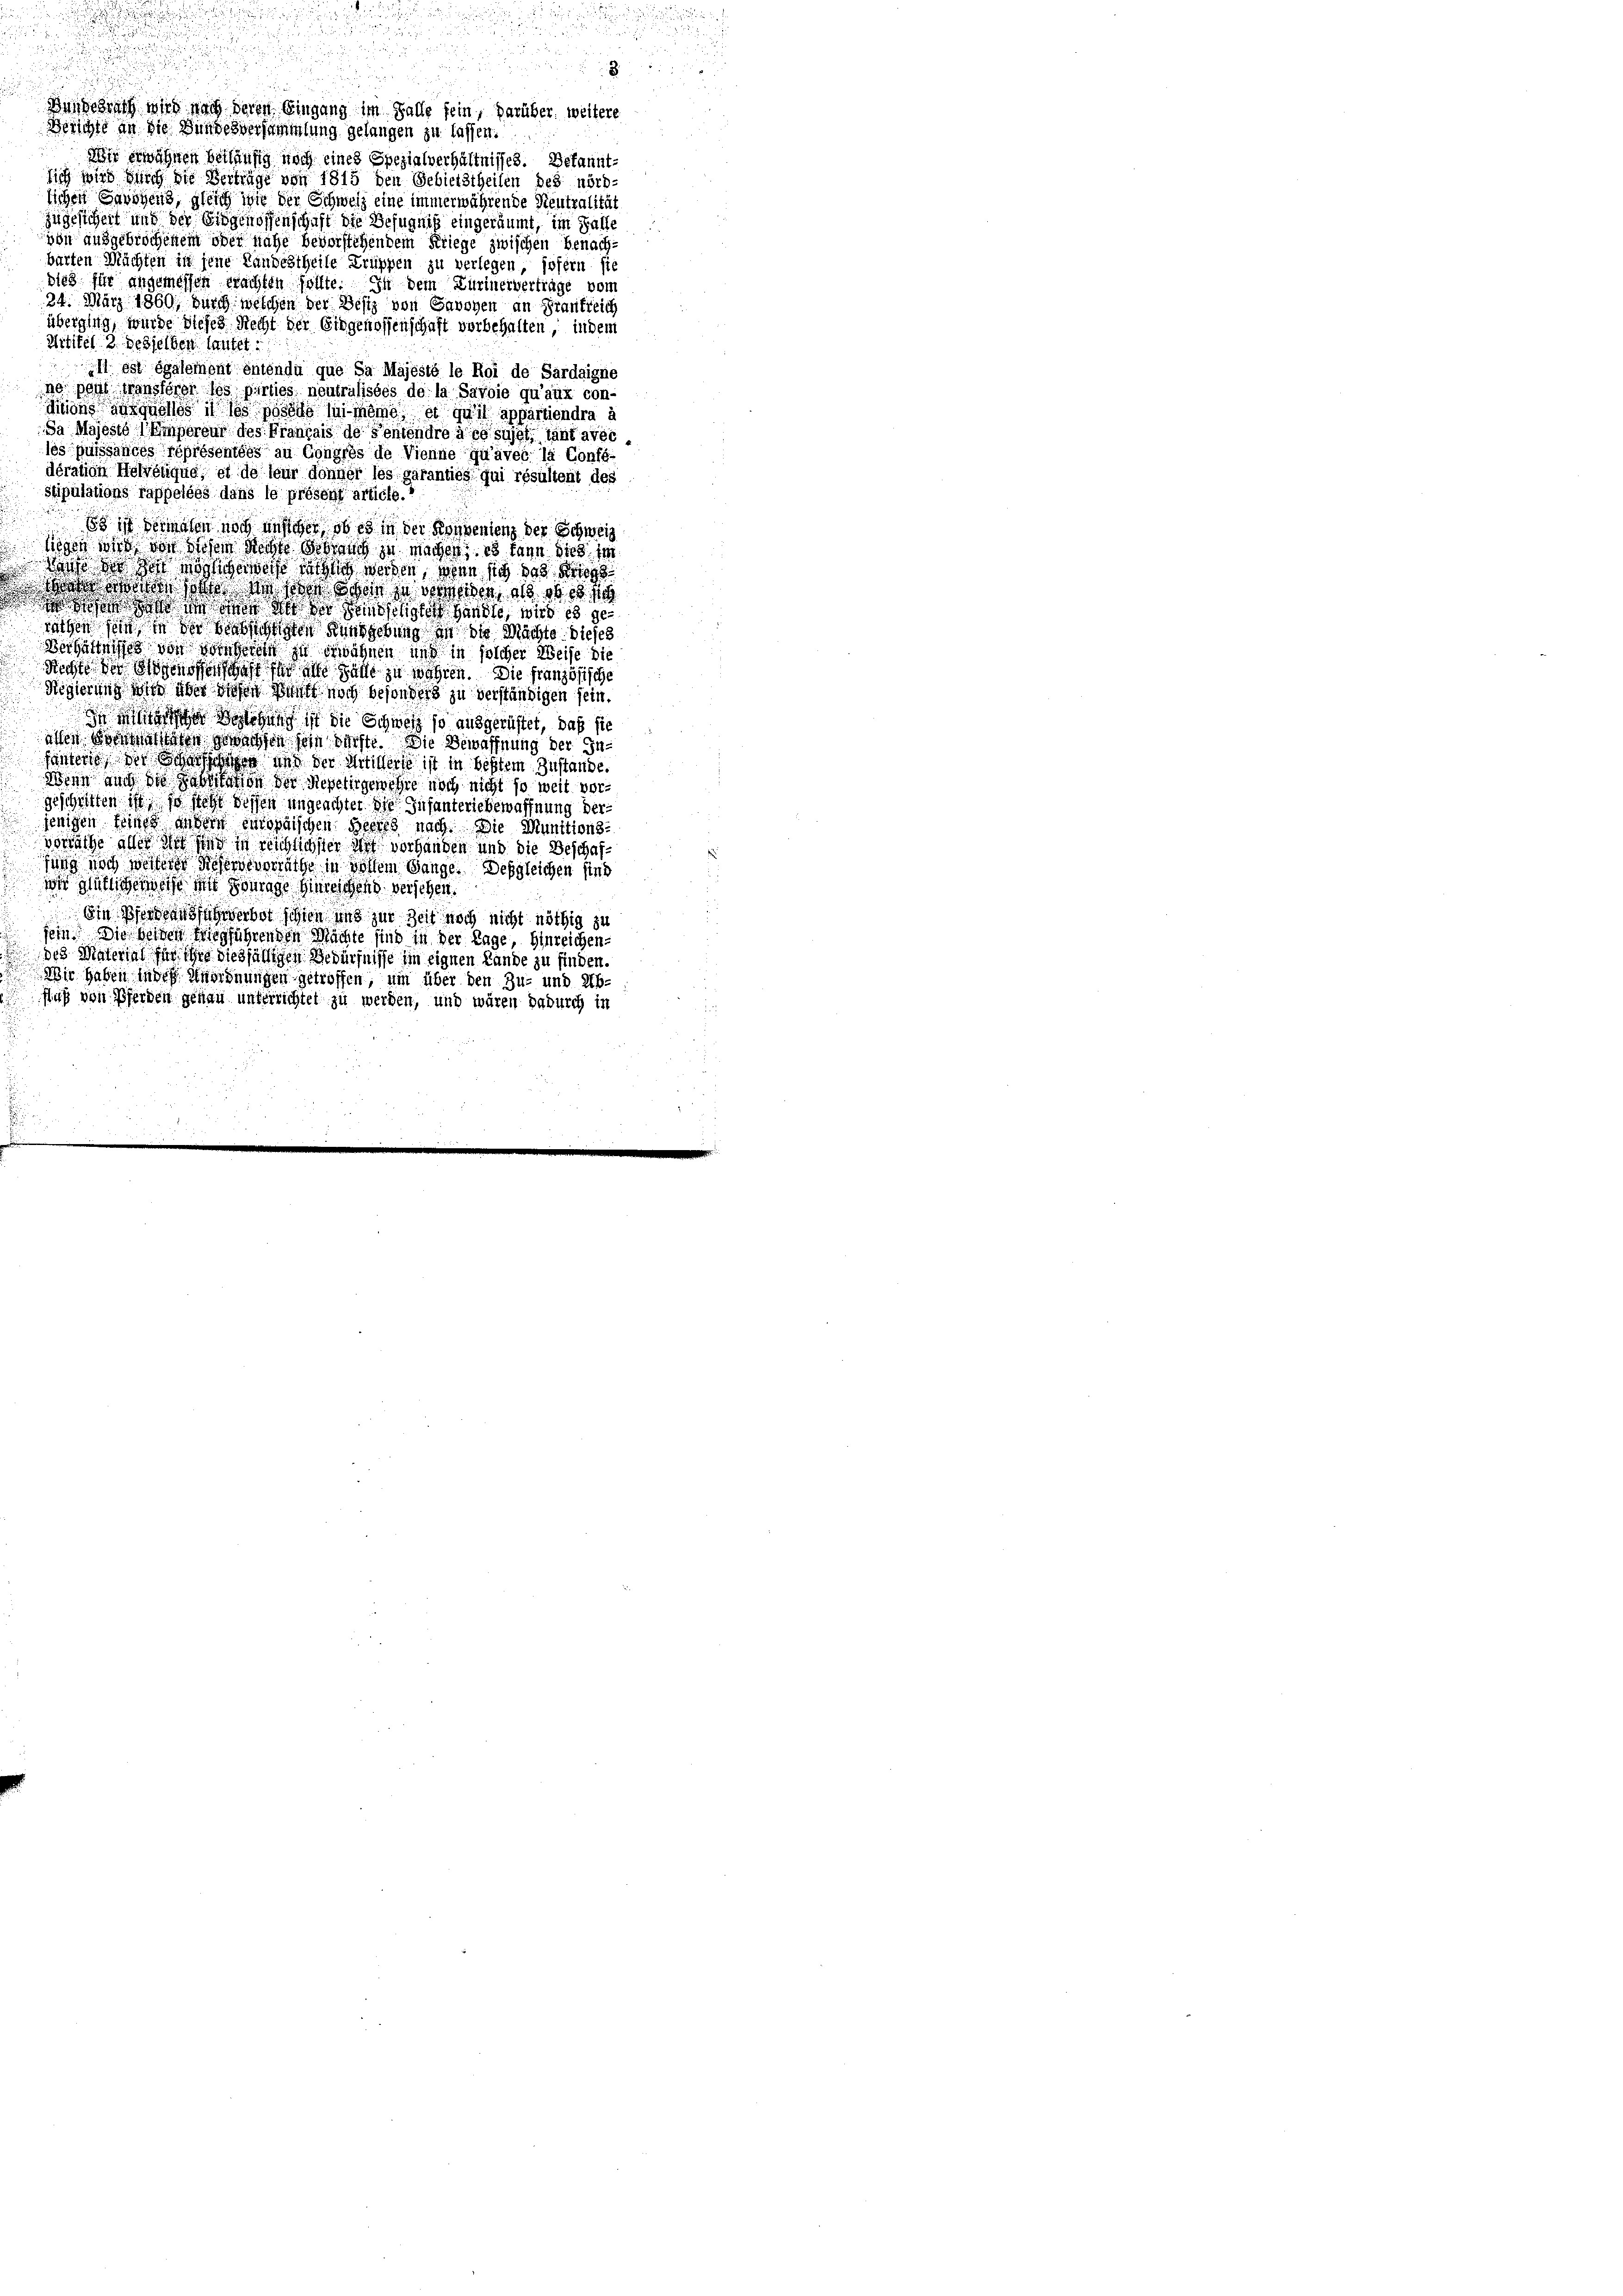
Basserung wird nach deren Eingang im Falle fein, darüber, weitere
Berichte an die Bundesversammlung gelangen zu lassen.
Wir erwähnen beiläufig noch eines Spezialverhältnisses. Bekanntsich wird durch die Vertrage von 1815 den Gebietstheilen des nörd-
lichen Savoyens, gleich wie der Schweiz eine immerwährende Neutralität
Zugesichert und der Eidgenossenschaft die Befugnis eingeräumt, im Falle
von ausgebrochenem ober nahe bevorstehendem Kriege zwischen Benachbarten Mächten in jene Landestheile Truppen zu verlegen, sofern sic
bies für angemessen machten sollte. In dem Zurinerverträge vom
24. März 1860, durch welchen der Besiz von Savoyen an Frankreich
überging, wurde dieses Recht der Eidgenossenschaft vorbehalten, indem
Artitel 2 desselben lautet:
Il est également entendu que Sa Majésté le Roi de Sardaigne
ne pens Mansterer les parties neutralisées de la Savoie qu’aux con-
diens in des posse in dem et qui appartiendra à
Sa Majesté (Empereur des Français de Sentendre à ce sujet, tant avec
les puissances féprésentées au Gongfes de Vienne qu’avec la Confe-
dération Helveuque, es de leur donner les garanties qui résultent des
stipulations Pappelées dans le présent article.
So ist dermalen noch unstehen, so es in der Konvenienz der Schweiz
liegen wird von diesem Rechte Gebrauch zu machen, es kann dies im
Sause der Post möglicherweise auch werden, wenn sich das Kriegs
nd an diese ich doch schon zu verwalden, als ob es sch
Daß das in ihnen an der Landschigten handle, wird es gerachen sein, in der beabsichtigten Rundgebung in die Machte dieses
Verhältnißes von vornheren zu erwähnen und in solcher Weise die
Richte der Sigmosen wohl ser im Falle zu wahren. Die französische
Rigierung von über diesen Basel noch besonders zu verständigen sein.
dere Belegung in die Schweiz so ausgerüstet, daß sic
asten Monaten gewachsen sein erste. Die Bewaffnung der Infantens der Schaffees aus der Artillers ist in bestem Zustande.
Wenn auch die Habitation der Repetirgenehre noch nicht so weit vorgeschritten ist, so steht dessen ungeachter die Infanteriebewaffnung der
jenigen feines andern europaischen Heeres nach. Die Munitions-
vorräthe aus der und in reichlichster mit vorhanden und die Beschaffung noch weiteres dieservevorräthe in vollem Gange. Desgleichen sind
wir gütliche woche mit Schrage hinreichend versehen.
Ein Voransfuhrverbot schien und zur Zeit noch nicht nöthig zu
sein. Die beiden Wiegführenden Machte sind in der Lage, hinreichen.
des Material für ihre dießfälligen Bedürfnisse im eignen Lande zu finden
Wir haben indes Anordnungen getroffen, um über den Zu- und Abfuß von Pferden genau unterrichtet zu werden, und wären dadurch in